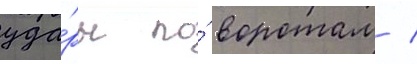
уда́ры по́ воротам /